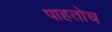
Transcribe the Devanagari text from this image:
पाहतोच